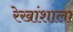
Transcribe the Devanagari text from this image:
रेखांशाला